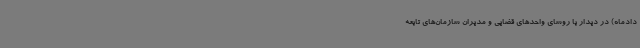
دادماه) در دیدار با روسای واحدهای قضایی و مدیران سازمان‌های تابعه